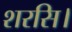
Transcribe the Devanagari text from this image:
शरसि।